Report on vaccination in Madras 1922-1929 - 1922-1929
Year: 1922
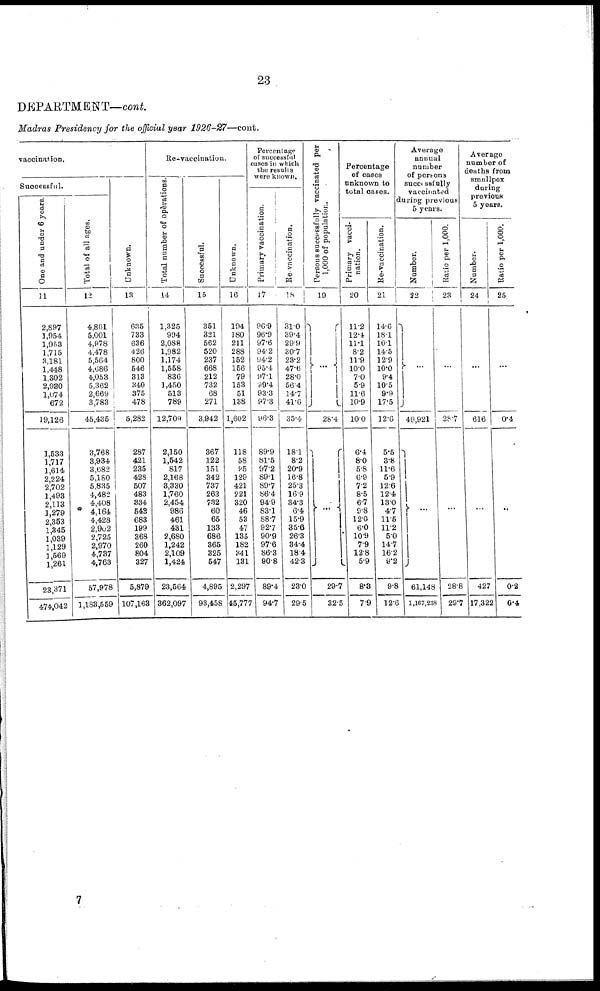
23
DEPARTMENT—cont.
Madras Presidency for the official year 1926-27—cont.
vaccination.
Successful.
One and under 6 years.
11
2,897
1,954
1,953
1,715
3,181
1,448
1,302
2,930
1,074
672
19,126
1,533
1,717
1,614
2,224
2,702
1,493
2,113
1,279
2,353
1,345
1,039
1,129
1,569
1,261
23,371
474,042
Total of all ages.
12
4,861
5,001
4,978
4,478
5,564
4,686
4,053
5,362
2,669
3,783
45,435
3,768
3,934
3,682
5,180
5,835
4,482
4,408
4,164
4,428
2,902
2,725
2,970
4,737
4,763
57,978
1,183,559
Unknown.
13
635
733
636
426
800
546
313
340
375
478
5,282
287
421
235
428
507
483
334
543
683
199
368
260
804
327
5,879
107,163
Re-vaccination.
Total number of opèrations.
14
1,325
994
2,088
1,982
1,174
1,558
836
1,450
513
789
12,709
2,150
1,542
817
2,168
3,330
1,760
2,454
986
461
431
2,680
1,242
2,109
1,424
23,564
362,097
Successful.
15
351
321
562
520
237
668
212
732
68
271
3,942
367
122
151
342
737
263
732
60
65
133
686
365
325
547
4,895
93,458
Unknown.
16
194
180
211
288
152
156
79
153
51
138
1,602
118
58
85
129
421
221
320
46
53
47
135
182
341
131
2,297
45,777
Percentage
of successful
cases in which
the results
were known.
Primary vaccination.
17
96.9
96.9
97.6
94.2
94.2
95.4
97.l
99.4
93.3
97.3
96.3
89.9
81.5
97.2
89.1
89.7
86.4
94.9
83.1
88.7
92.7
90.9
97.6
86.3
90.8
89.4
94.7
Re-vaccination.
18
31.0
39.4
29.9
30.7
23.2
47.6
28.0
56.4
14.7
41.6
35.4
18.1
8.2
20.9
16.8
25.3
16.9
34.3
6.4
15.9
35.6
26.3
34.4
18.4
42.3
23.0
29.5
Persons successfully vaccinated per
1,000 of population.
19
...
28.4
...
29.7
32.5
Percentage
of cases
unknown to
total cases.
Primary vacci-
nation.
20
11.2
12.4
11.1
8.2
11.9
10.0
7.0
5.9
11.6
10.9
10.0
6.4
8.0
5.8
6.9
7.2
8.5
6.7
9.8
12.0
6.0
10.9
7.9
12.8
5.9
8.3
7.9
Re-vaccination.
21
14.6
18.1
10.1
14.5
12.9
10.0
9.4
10.5
9.9
17.5
12.6
5.5
3.8
11.6
5.9
12.6
12.4
13.0
4.7
11.5
11.2
5.0
14.7
16.2
9.2
9.8
12.6
Average
annual
number
of persons
successfully
vaccinated
during previous
5 years.
Number.
22
...
49,921
...
61,148
1,167,238
Ratio per 1,000.
23
...
28.7
...
28.8
29.7
Average
number of
deaths from
smallpox
during
previous
5 years.
Number.
24
...
616
...
427
17,322
Ratio per 1,000.
25
...
0.4
...
0.2
0.4
7